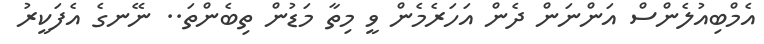
އެމްބިއުލެންސް އަންނަން ދެން އަހަރެމެން ވީ މިތާ މަޑުން ތިބެންތަ.. ނޭނގެ އެފަކީރު